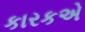
કારકએ